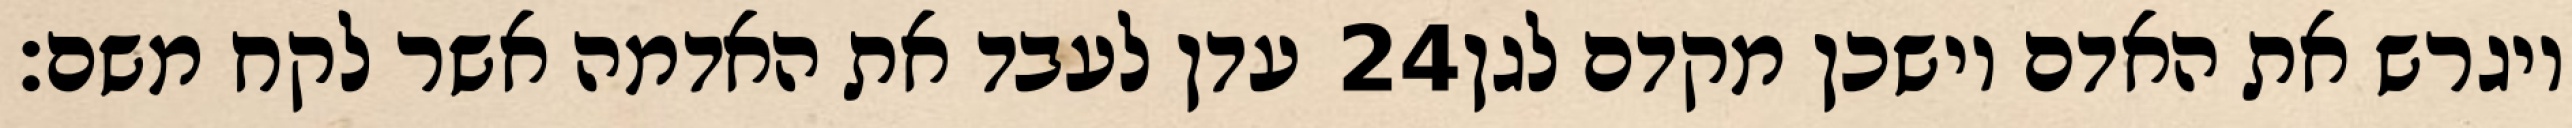
עדן לעבד את האדמה אשר לקח משם׃ ‎24‏ ויגרש את האדם וישכן מקדם לגן